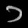
Digit: ၁